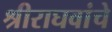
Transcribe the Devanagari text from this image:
श्रीराघवांचे